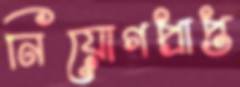
নিয়োগপ্রাপ্ত